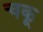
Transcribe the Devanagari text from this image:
चकू